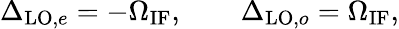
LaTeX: \Delta_{\mathrm{LO},e}=-\Omega_{\mathrm{IF}},\qquad\Delta_{\mathrm{LO},o}=\Omega_{\mathrm{IF}},